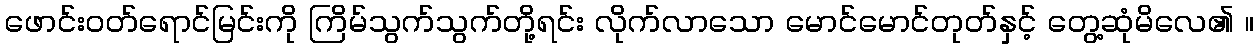
ဖောင်းဝတ်ရောင်မြင်းကို ကြိမ်သွက်သွက်တို့ရင်း လိုက်လာသော မောင်မောင်တုတ်နှင့် တွေ့ဆုံမိလေ၏ ။